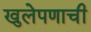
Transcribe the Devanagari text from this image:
खुलेपणाची